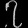
Digit: ၇